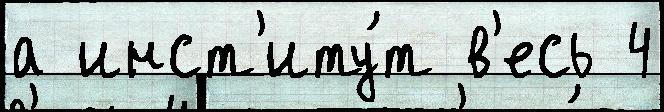
а инст'иту́т в'есь 4